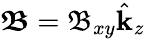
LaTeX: \boldsymbol{\mathfrak{B}}=\mathfrak{B}_{xy}\hat{\mathbf{k}}_{z}